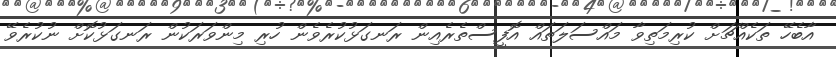
އާބެހޭ ތަކެއްޗަށް ކުރިމަތިވާ މައްސަލަތައް އޮފީސްތެރެއިން ރަނގަޅުކުރެވެން ހުރި މިންވަރަކުން ރަނގަޅުކޮށް ނުކުރެވޭ